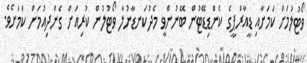
ވޯޓުލުމަށް ކަމަށާއި ޑީއާރްޕީގެ ކެންޑިޑޭޓުން ބޭނުންވީ މެދުކަނޑާނުލާ ވޯޓުލުން ކުރިއަށް ގެންދިއުމަށް ކަމަށެވެ.